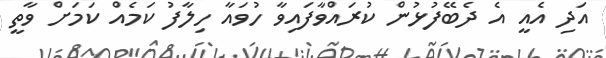
އަދި އެއީ އެ ދެބޭފުޅުން ކުރައްވާފައިވާ ހުވައާ ހިލާފު ކަމެއް ކަމަށް ވާތީ